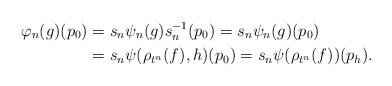
\begin{align*}\varphi_n(g)(p_0)&=s_n \psi_n(g) s_n^{-1} (p_0)=s_n\psi_n(g)(p_0)\\&=s_n\psi(\rho_{t^n}(f), h)(p_0)=s_n\psi(\rho_{t^n}(f)) (p_h).\end{align*}